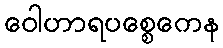
ဝေါဟာရပစ္စေကေန